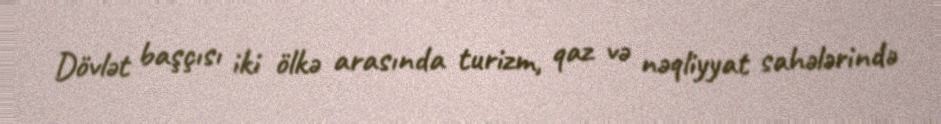
Dövlət başçısı iki ölkə arasında turizm, qaz və nəqliyyat sahələrində